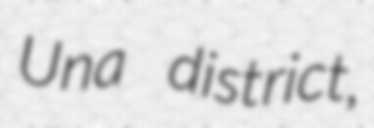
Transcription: Una district,